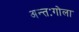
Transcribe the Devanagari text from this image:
अन्तःगोला